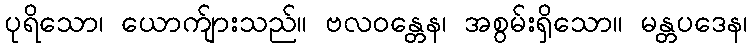
ပုရိသော၊ ယောက်ျားသည်။ ဗလဝန္တေန၊ အစွမ်းရှိသော။ မန္တပဒေန၊